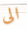
الى